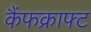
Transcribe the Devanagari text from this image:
कैंफक्राफ्ट